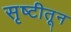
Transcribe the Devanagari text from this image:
सृष्टीतून